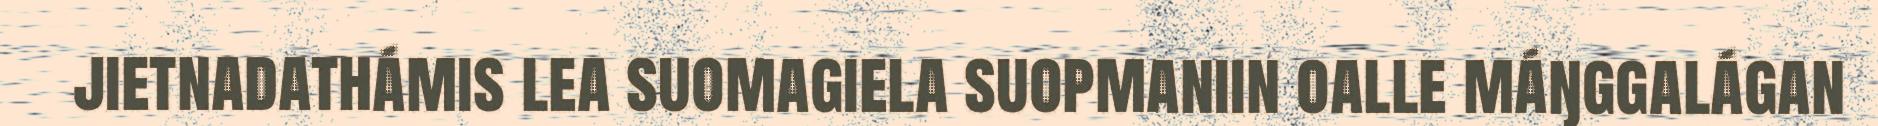
jietnadathámis lea suomagiela suopmaniin oalle máŋggalágan